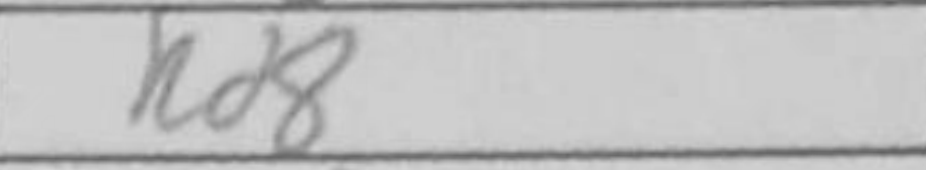
Transcription: Rd8